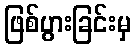
ဖြစ်ပွားခြင်းမှ